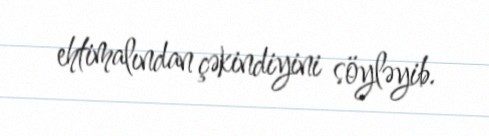
ehtimalından çəkindiyini söyləyib.